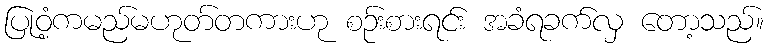
ပြုဝံ့ကမည်မဟုတ်တကားဟု စဉ်းစားရင်း အခံရခက်လှ တော့သည်။